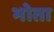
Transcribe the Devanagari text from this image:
भोता